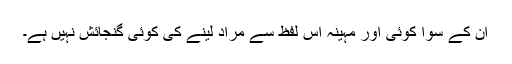
ان کے سوا کوئی اور مہینہ اس لفظ سے مراد لینے کی کوئی گنجائش نہیں ہے۔